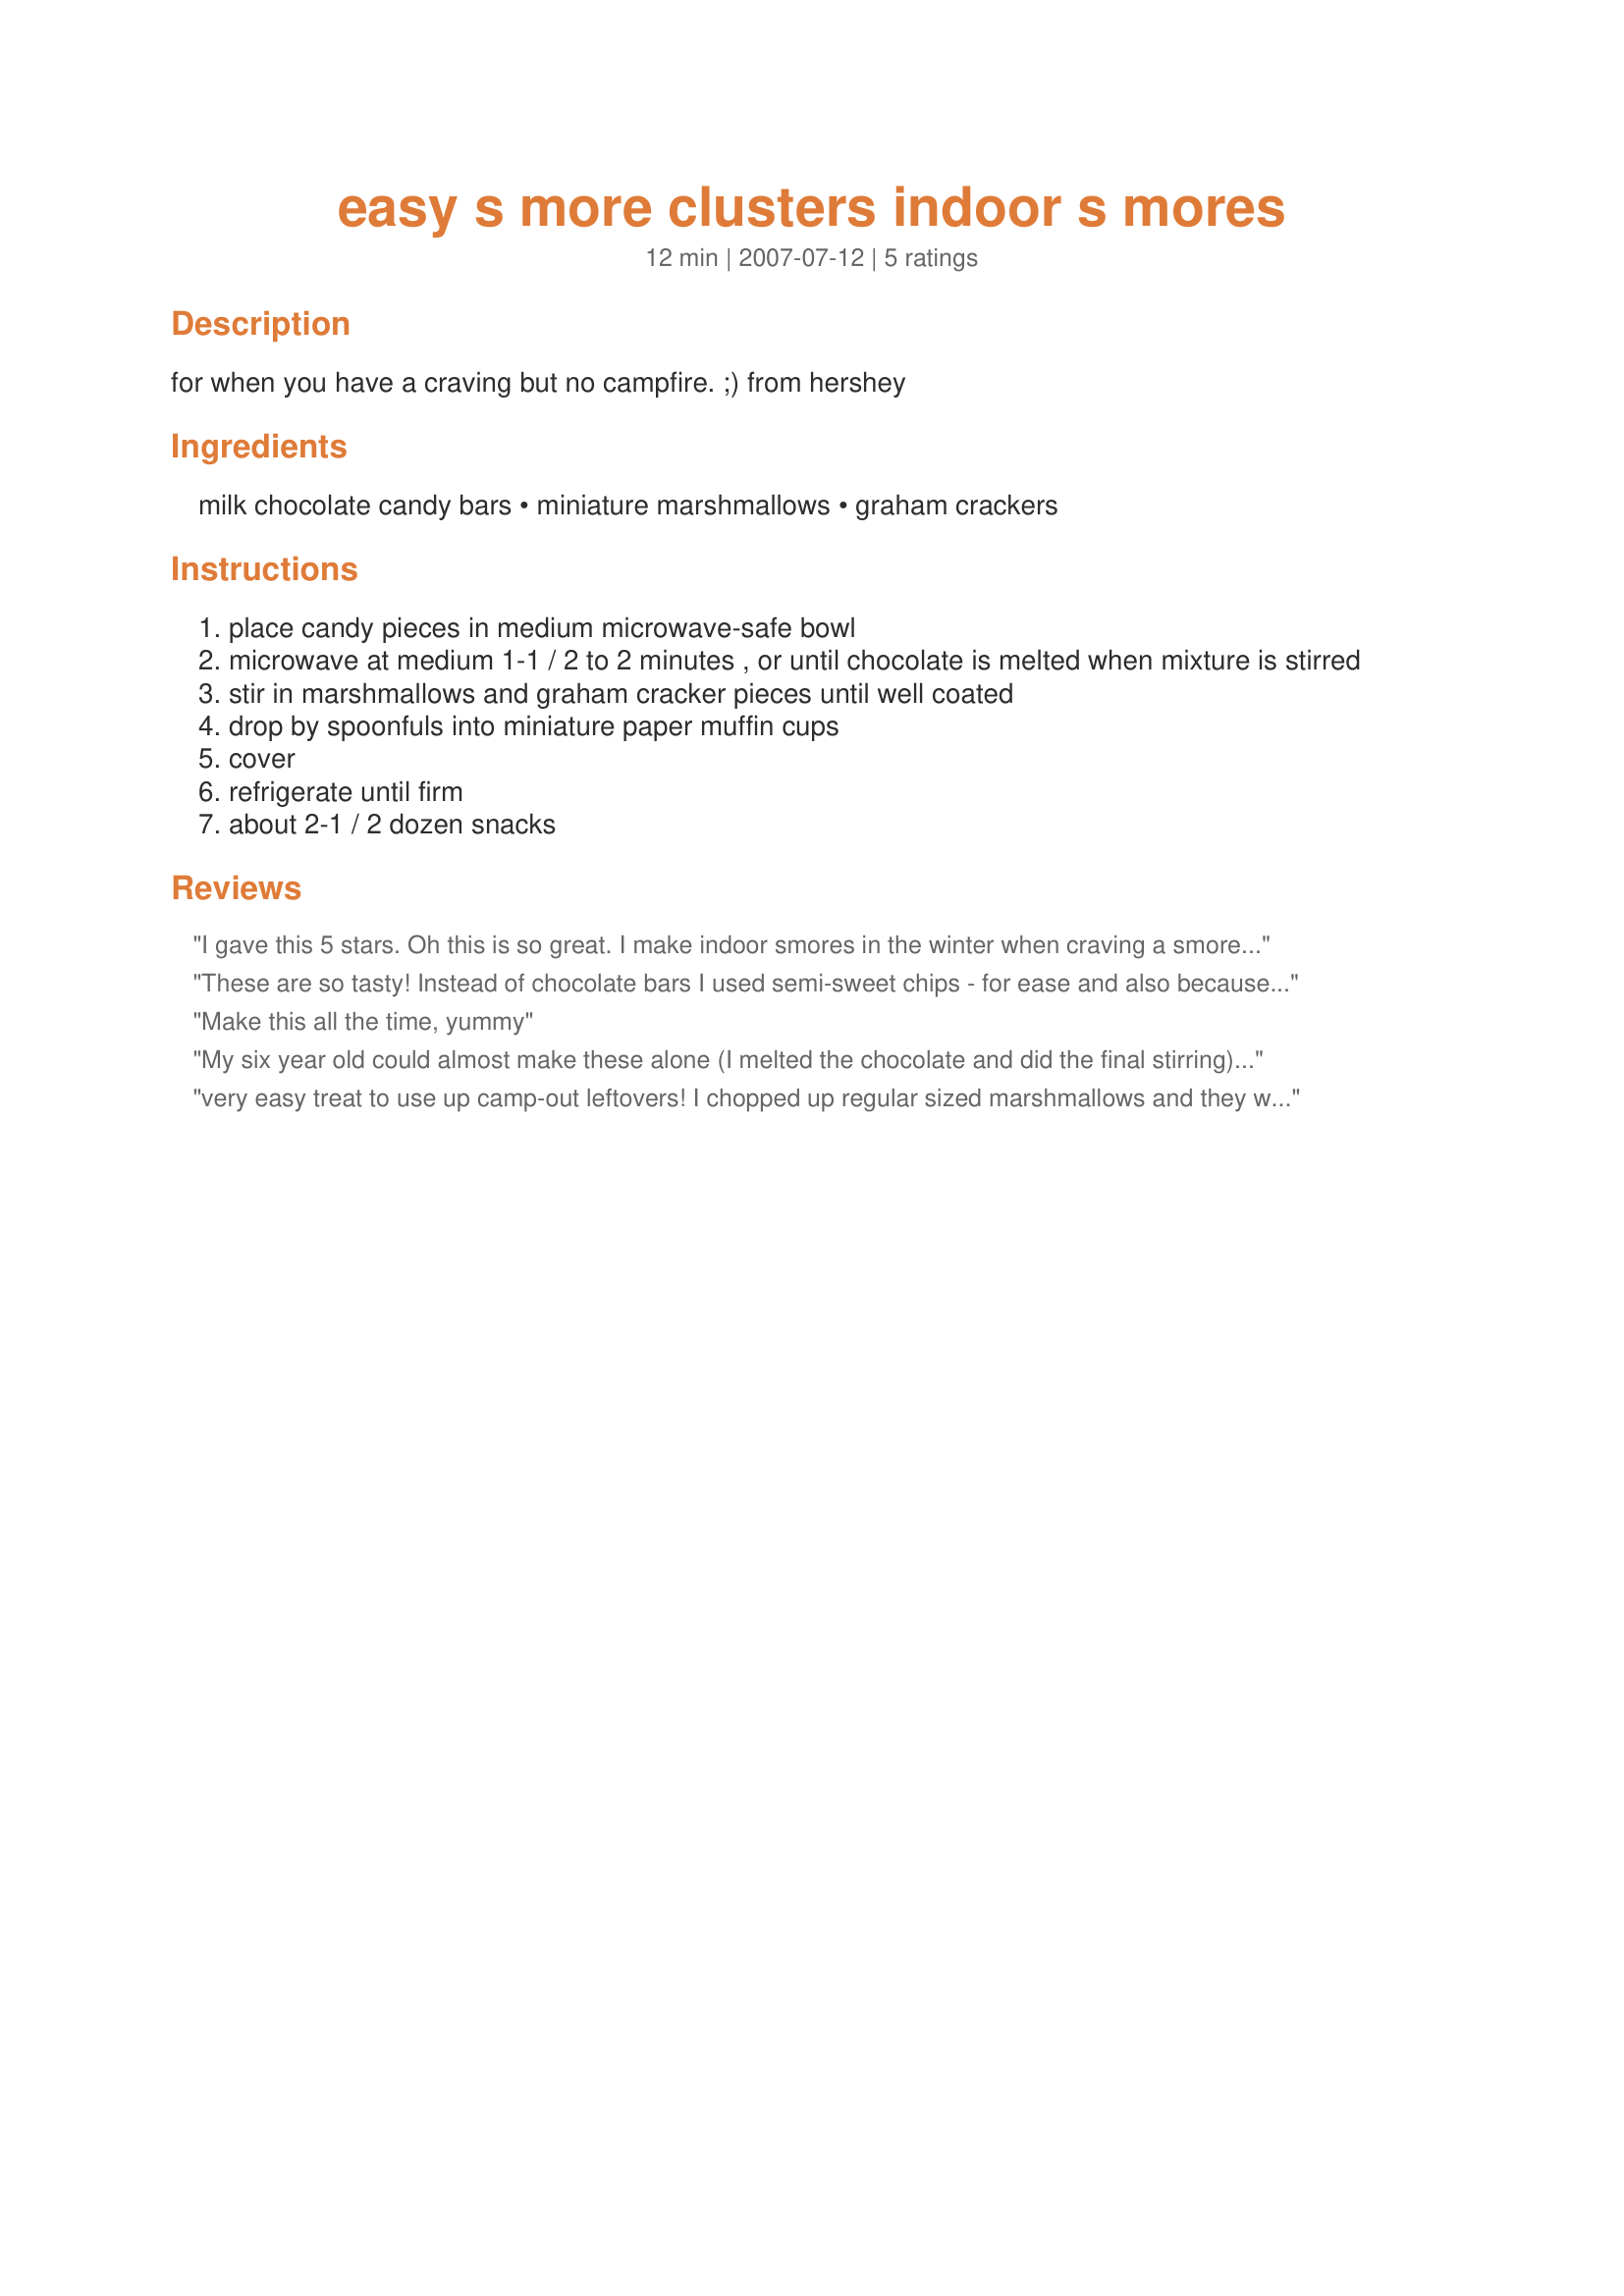
easy s more clusters indoor s mores
Preparation time: 12 minutes

for when you have a craving but no campfire. ;) from hershey

Ingredients:
milk chocolate candy bars, miniature marshmallows, graham crackers

Steps:
place candy pieces in medium microwave-safe bowl
microwave at medium 1-1 / 2 to 2 minutes , or until chocolate is melted when mixture is stirred
stir in marshmallows and graham cracker pieces until well coated
drop by spoonfuls into miniature paper muffin cups
cover
refrigerate until firm
about 2-1 / 2 dozen snacks

Reviews:
I gave this 5 stars. Oh this is so great. I make indoor smores in the winter when craving a smores. My 4 yrs old newphew and I tried this recipe as it sounds just as good as a smores and it was. The best part is no mess like smores. I cut the recipe in half. I didn't have mini muffin cup liners so I used regular size muffin cup liners. This gave me 6 large clusters. We will have these again during the winter. Thanks for posting a yummy mess free recipe. Christine (internetnut)
These are so tasty! Instead of chocolate bars I used semi-sweet chips - for ease and also because I prefer darker chocolate. I also used half honey grahams and half cinnamon grahams. I just dished out onto wax paper instead of into paper muffin cups so mine are probably slightly bigger than intended (I got 23). I will be making these again, for sure. Thanks Marg!
Make this all the time, yummy
My six year old could almost make these alone (I melted the chocolate and did the final stirring). I also used regular size muffin cups and the recipe made a dozen- I do think the mini ones would be easier to eat, though. This was a fun, tasty project for us to make together. Thanks!
very easy treat to use up camp-out leftovers! I chopped up regular sized marshmallows and they were still great.
